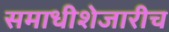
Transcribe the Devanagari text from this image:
समाधीशेजारीच